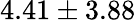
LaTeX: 4.41\pm 3.88